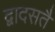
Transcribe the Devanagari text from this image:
द्वादसतैं